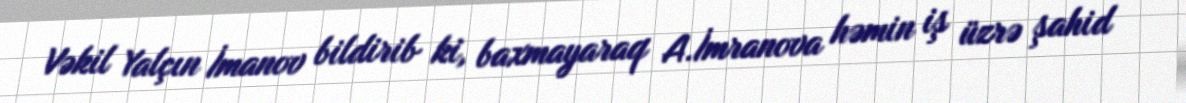
Vəkil Yalçın İmanov bildirib ki, baxmayaraq A.İmranova həmin iş üzrə şahid